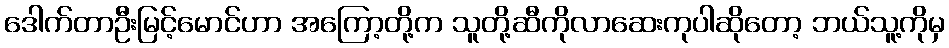
ဒေါက်တာဦးမြင့်မောင်ဟာ အကြော့တို့က သူတို့ဆီကိုလာဆေးကုပါဆိုတော့ ဘယ်သူ့ကိုမှ